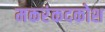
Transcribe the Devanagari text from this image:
मकरंकदकोश